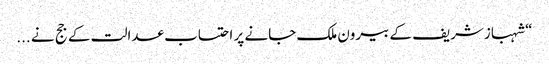
“ شہبازشریف کے بیرون ملک جانے پر احتساب عدالت کے جج نے ...